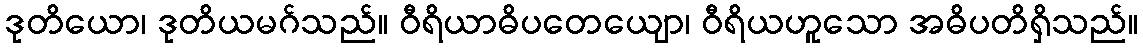
ဒုတိယော၊ ဒုတိယမဂ်သည်။ ဝီရိယာဓိပတေယျော၊ ဝီရိယဟူသော အဓိပတိရှိသည်။